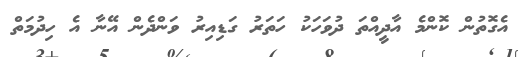
އެގޮތުން ކޮންމެ އާދީއްތަ ދުވަހަކު ހަތަރު ގަޑިއިރު ވަންދެން އޭނާ އެ ހިދުމަތް